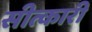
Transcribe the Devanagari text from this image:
सीत्कारी